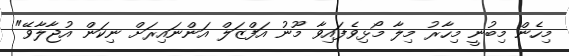
މިހެން މިބުނީ މިހާރު މިލާ މޯޅިވެފައިވާ މޫނު އަފްޒަލް އަންނައިރަށް ނިކަން އުޖާލާވޭ"